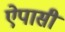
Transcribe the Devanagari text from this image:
ऐपासी